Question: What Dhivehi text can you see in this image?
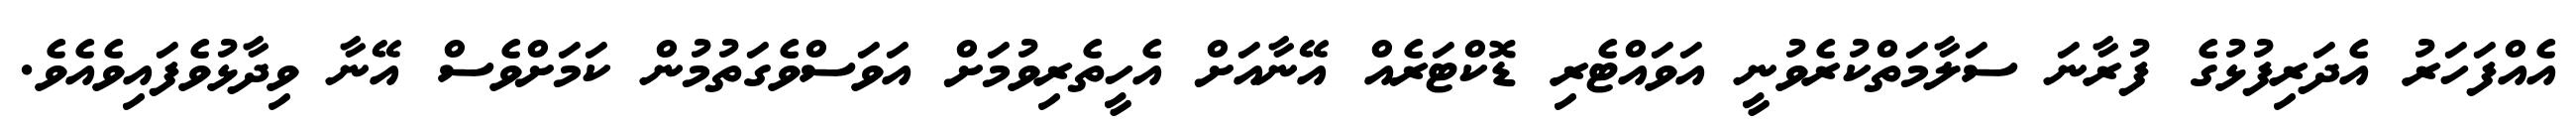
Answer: އެއްފަހަރު އެދަރިފުޅުގެ ފުރާނަ ސަލާމަތްކުރެވުނީ އަވައްޓެރި ޑޮކްޓަރެއް އޭނާއަށް އެހީތެރިވުމަށް އަވަސްވެގަތުމުން ކަމަށްވެސް އޭނާ ވިދާޅުވެފައިވެއެވެ.